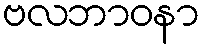
ဗလဘာဝနာ